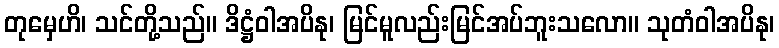
တုမှေဟိ၊ သင်တို့သည်။ ဒိဋ္ဌံဝါအပိနု၊ မြင်မူလည်းမြင်အပ်ဘူးသလော။ သုတံဝါအပိနု၊